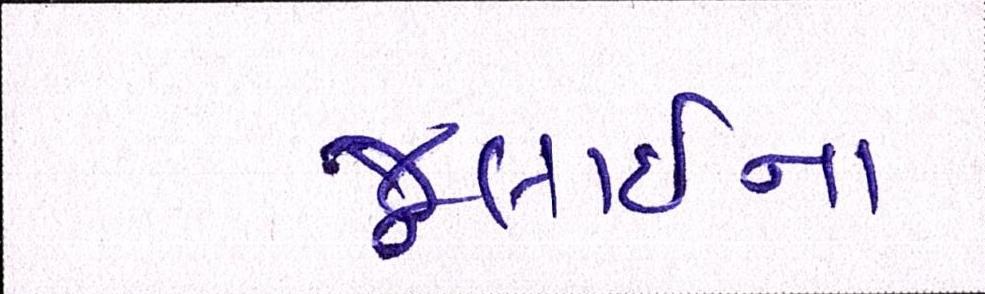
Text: જૂલાઈના